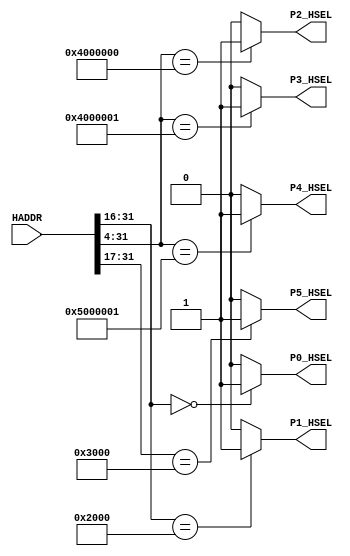
module AHBlite_Decoder
#(
    /*RAMCODE enable parameter*/
    parameter Port0_en = 1,
    /************************/

    /*RAMDATA enable parameter*/
    parameter Port1_en = 1,
    /************************/

    /*WATERLIGHT enable parameter*/
    parameter Port2_en = 1,
    /************************/

    /*UART enable parameter*/
    parameter Port3_en = 1,
    /************************/

    /*SPI enable parameter*/
    parameter Port4_en = 1,
    /************************/
    parameter Port5_en = 1
    /************************/

)(
    input [31:0] HADDR,

    /*RAMCODE OUTPUT SELECTION SIGNAL*/
    output wire P0_HSEL,

    /*RAMDATA OUTPUT SELECTION SIGNAL*/
    output wire P1_HSEL,

    /*WATERLIGHT OUTPUT SELECTION SIGNAL*/
    output wire P2_HSEL,

    /*UART OUTPUT SELECTION SIGNAL*/
    output wire P3_HSEL,       

   /*SPI OUTPUT SELECTION SIGNAL*/
    output wire P4_HSEL,  

    /*SPI OUTPUT SELECTION SIGNAL*/
    output wire P5_HSEL  
      

);

//RAMCODE-----------------------------------

//0x00000000-0x0000ffff
/*Insert RAMCODE decoder code there*/
assign P0_HSEL = (HADDR[31:16] == 16'h0000) ? Port0_en : 1'b0; 
/***********************************/



//PERIPHRAL-----------------------------

//0X40000000 WaterLight MODE
//0x40000004 WaterLight SPEED
/*Insert WaterLight decoder code there*/
assign P2_HSEL = (HADDR[31:4] == 28'h4000000) ? Port2_en : 1'b0; 
/***********************************/

//0X40000010 UART RX DATA
//0X40000014 UART TX STATE
//0X40000018 UART TX DATA
/*Insert UART decoder code there*/
assign P3_HSEL = (HADDR[31:4] == 28'h4000001) ? Port3_en : 1'b0;
/***********************************/

//RAMDATA-----------------------------
//0X20000000-0X2000FFFF
/*Insert RAMDATA decoder code there*/
assign P1_HSEL = (HADDR[31:16] == 16'h2000) ? Port1_en : 1'b0; 
/***********************************/

//SPI TX-----------------------------
//0X50000000-0X50000010
//0X50000010: SPI Tx data
/*Insert SPI TX decoder code there*/
assign P4_HSEL = (HADDR[31:4] == 28'h5000001) ? Port4_en : 1'b0;
/***********************************/

//FM HW Control and memory-----------------------------
//0X60000000-0X60000FFF
//0X60000010: control to get ADC data to Arm core
/*Insert FM_HW decoder code there*/
assign P5_HSEL = (HADDR[31:17] == 15'b011000000000000) ? Port5_en : 1'b0;

/***********************************/

endmodule